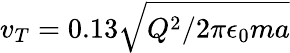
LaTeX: v_{T}=0.13\sqrt{Q^{2}/2\pi\epsilon_{0}ma}